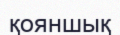
қояншық